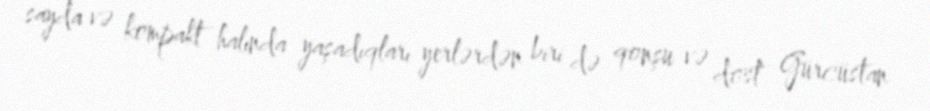
sayda və kompakt halında yaşadıqları yerlərdən biri də qonşu və dost Gürcüstan